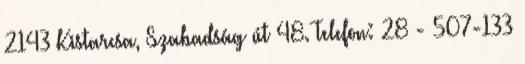
2143 Kistarcsa, Szabadság út 48. Telefon: 28 - 507-133